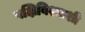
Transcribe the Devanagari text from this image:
पक्षिविश्वाशी